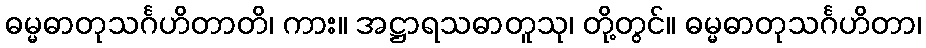
ဓမ္မဓာတုသင်္ဂဟိတာတိ၊ ကား။ အဋ္ဌာရသဓာတူသု၊ တို့တွင်။ ဓမ္မဓာတုသင်္ဂဟိတာ၊